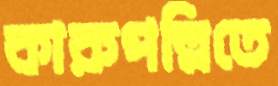
কারুপল্লিতে